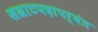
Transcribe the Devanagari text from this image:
सम्राटपदापर्यंत